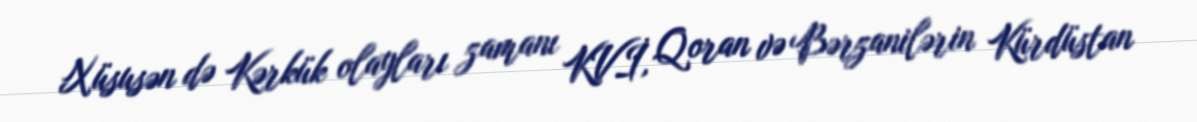
Xüsusən də Kərkük olayları zamanı KVİ, Qoran və Bərzanilərin Kürdüstan